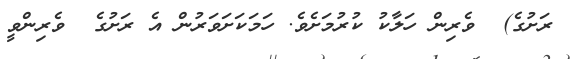
ރަށުގެ)  ވެރިން ހަލާކު ކުރުމަށެވެ. ހަމަކަށަވަރުން އެ ރަށުގެ  ވެރިންވީ